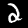
Digit: 2